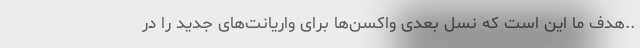
..هدف ما این است که نسل بعدی واکسن‌ها برای واریانت‌های جدید را در